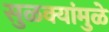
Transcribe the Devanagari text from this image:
सुळक्यांमुळे